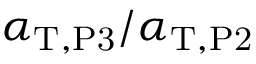
\alpha _ { \mathrm { T } , \mathrm { P 3 } } / \alpha _ { \mathrm { T } , \mathrm { P 2 } }